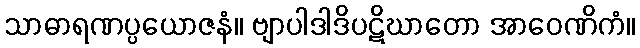
သာဓာရဏပ္ပယောဇနံ။ ဗျာပါဒါဒိပဋိဃာတော အာဝေဏိကံ။